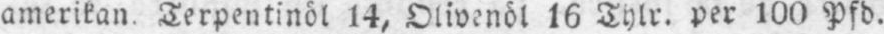
amerikan. Terpentinöl 14, Olivenöl 16 Thlr. per 100 Pfd.